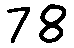
78